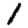
Digit: 1